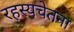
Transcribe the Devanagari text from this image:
रहस्यचेतना